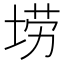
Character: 𫭼